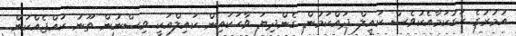
އުމުރުގެ ހަގުކަމާއެކުވެސް ކައިލް ދައްކަމުން ގެންދިޔަ ވާހަކައިން ކައިލްއަކީ ވިސްނުން ތޫނު ކުއްޖެއްކަން